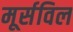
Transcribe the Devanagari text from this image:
मूर्सविल